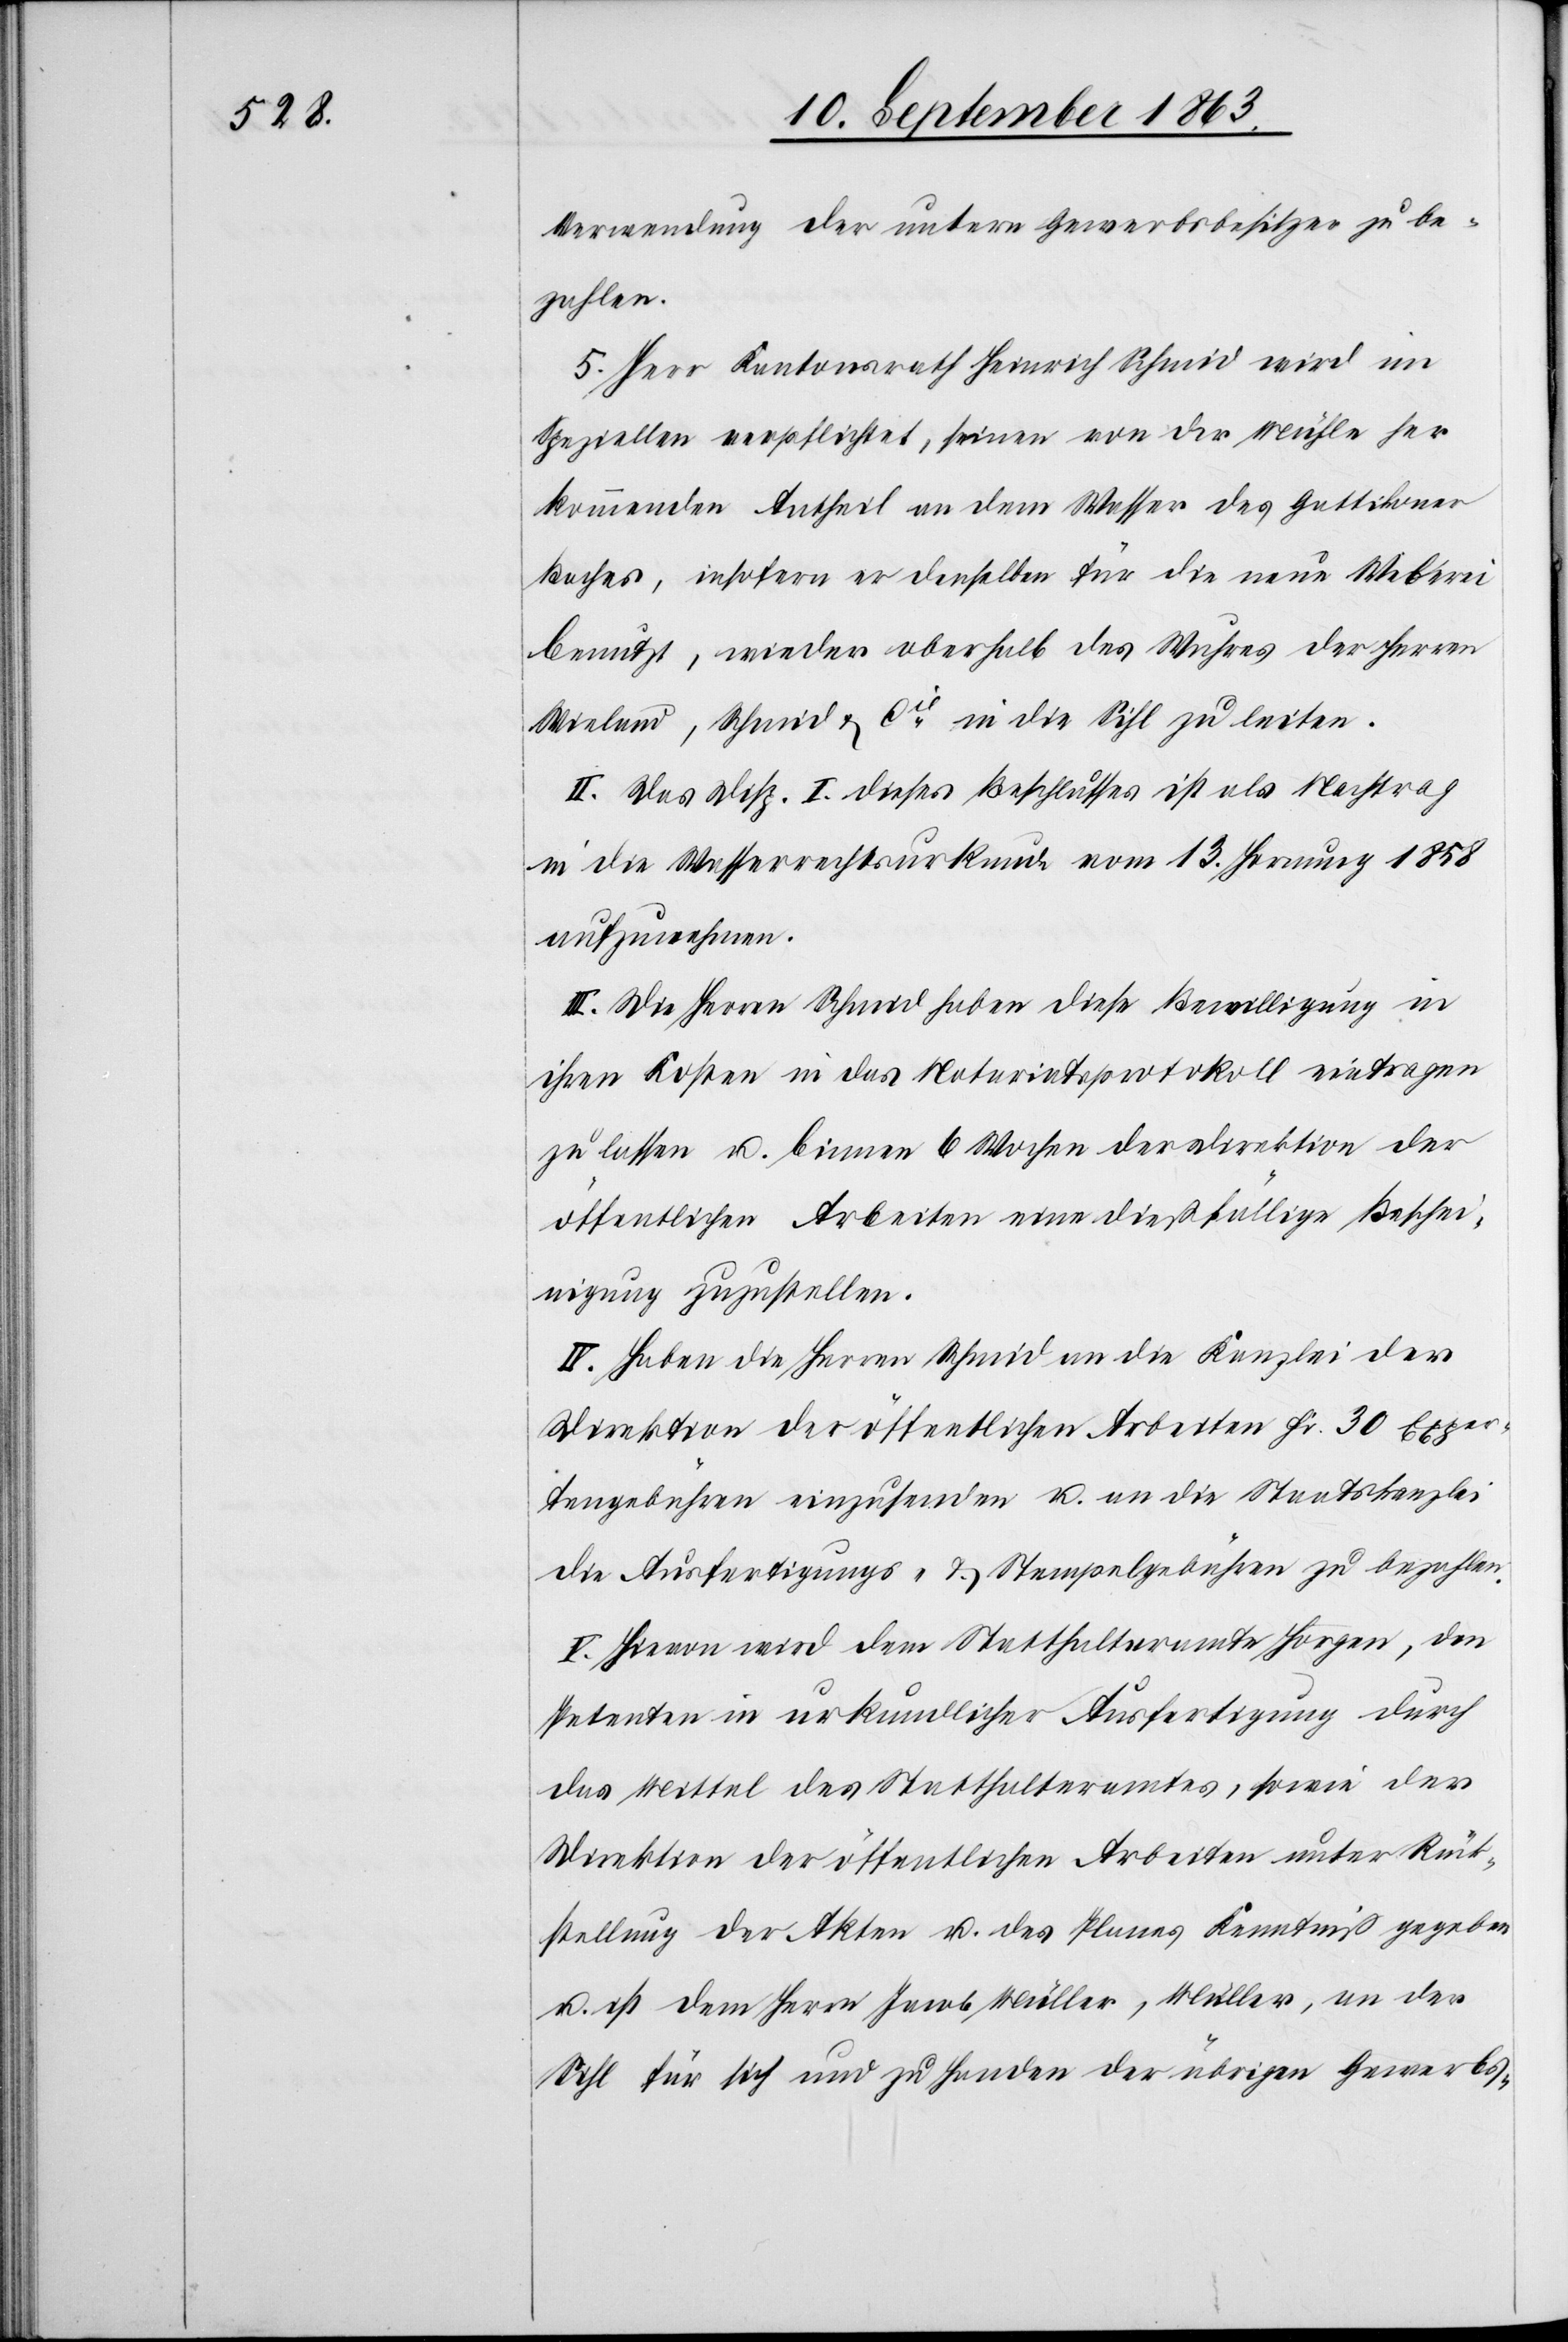
Verwendung der untern Gewerbsbesitzer zu be¬
zahlen.
5. Herr Kantonsrath Heinrich Schmid wird im
Speziellen verpflichtet, seinen von der Mühle her
kommenden Antheil an dem Wasser des Gattikoner
Baches, insofern er denselben für die neue Weberei
benutzt, wieder oberhalb des Wuhres der Herren
Wieland, Schmid & Cie in die Sihl zu leiten.
II. Das Disp. I dieses Beschlusses ist als Nachtrag
in die Wasserrechtsurkunde vom 13. Hornung 1858
aufzunehmen.
III. Die Herren Schmid haben diese Bewilligung in
ihren Kosten in das Notariatsprotokoll eintragen
zu lassen u. binnen 6 Wochen der Direktion der
öffentlichen Arbeiten eine dießfällige Beschei¬
nigung zuzustellen.
IV. Haben die Herren Schmid an die Kanzlei der
Direktion der öffentlichen Arbeiten Fr. 30 Exper¬
tengebühren einzusenden u. an die Staatskanzlei
die Ausfertigungs- & Stempelgebühren zu bezahlen.
V. Hievon wird dem Statthalteramte Horgen, den
Petenten in urkundlicher Ausfertigung durch
das Mittel des Statthalteramtes, sowie der
Direktion der öffentlichen Arbeiten unter Rück¬
stellung der Akten u. des Planes Kenntniß gegeben
u. ist dem Herrn Jacob Müller, Müller, an der
Sihl für sich und zu Handen der übrigen Gewerbs-